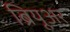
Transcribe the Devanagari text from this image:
ब्रियूअर